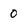
Character: 0